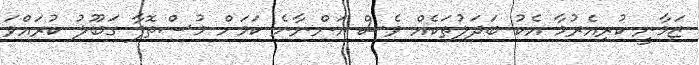
ޒަމާނީ ކުރިއެރުމާ އެކު ބަދަލުތަކެއް ވެސް އަންނާނެ ކަމަށް މުސްތޮފާ ގަބޫލު ކުރައްވަ